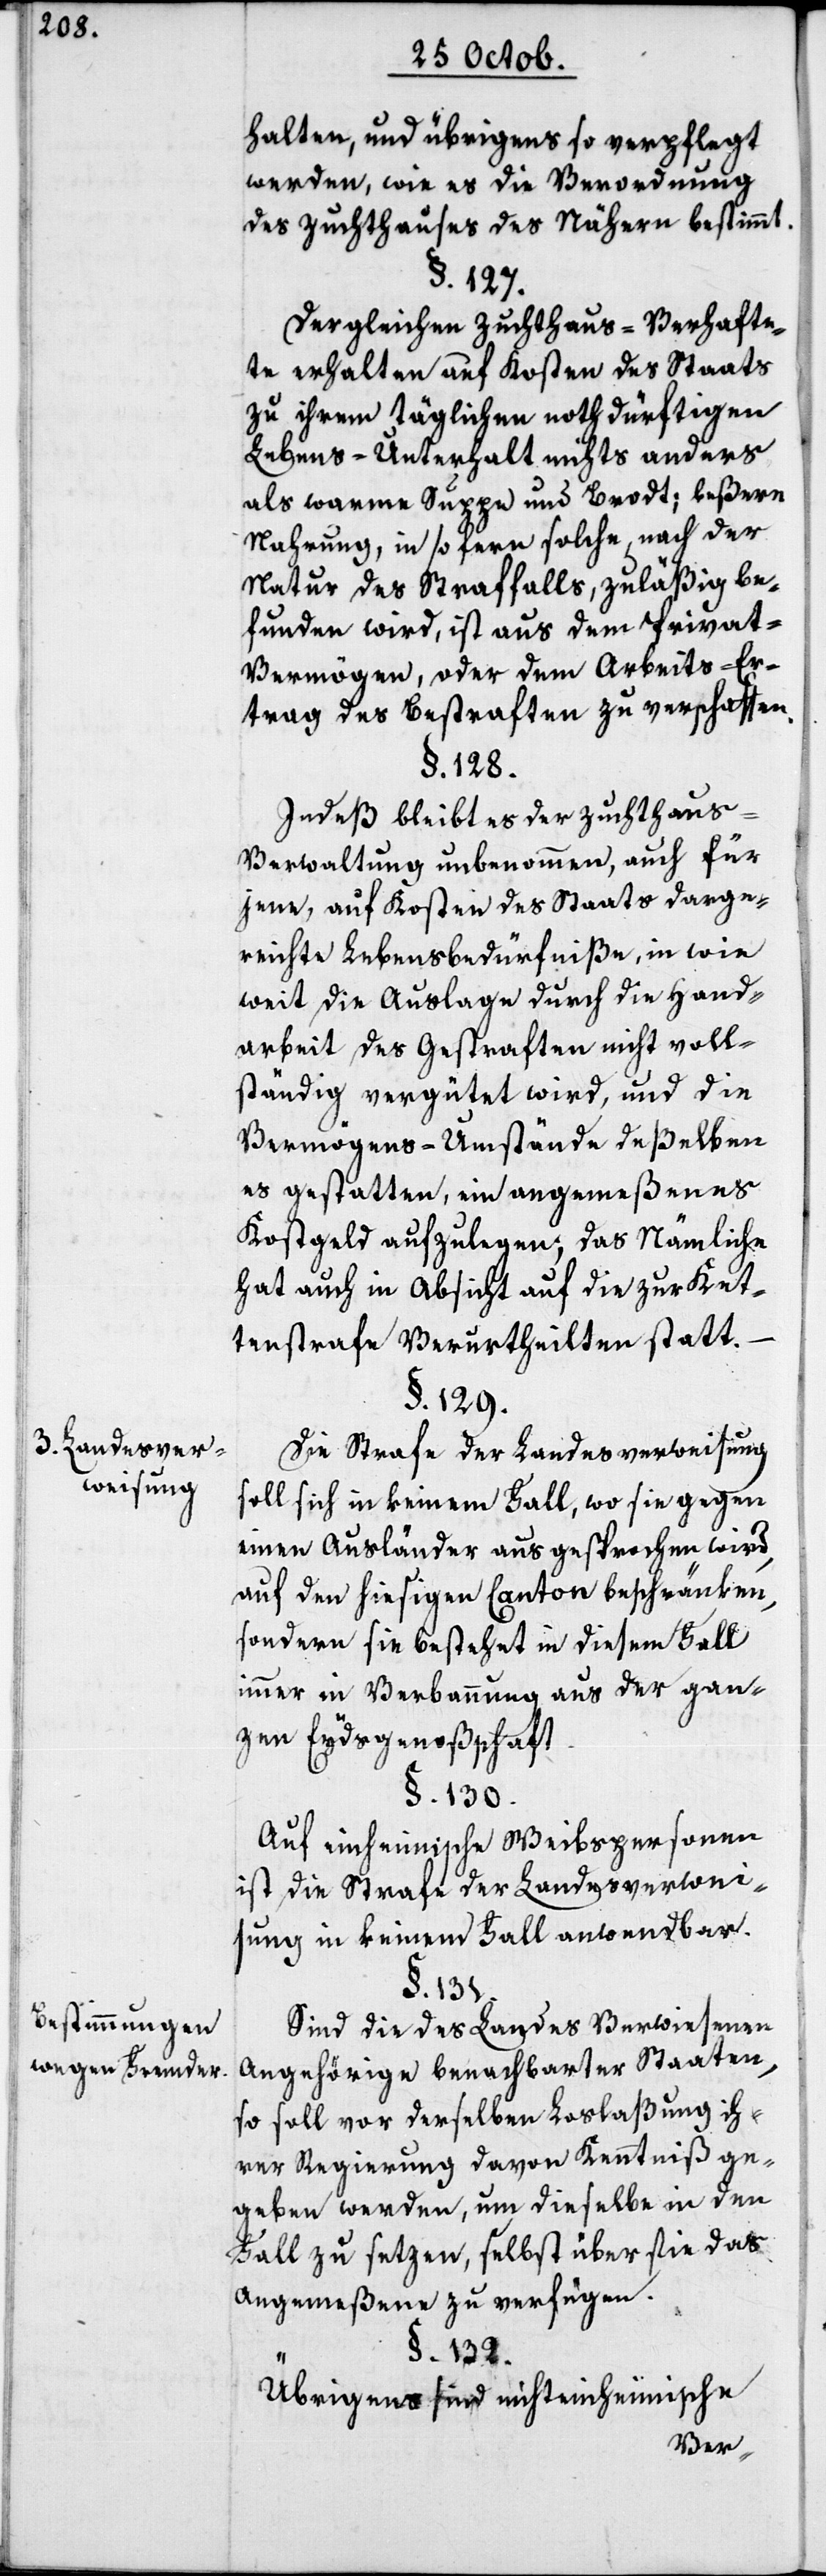
3. Landesver¬
weisung.
Bestimmungen
wegen Fremden.

halten, und übrigens so verpflegt
werden, wie es die Verordnung
des Zuchthauses des nähern bestimmt.
§. 127.
Dergleichen Zuchthaus-Verhafte¬
te erhalten auf Kosten des Staats
zu ihrem täglichen nothdürftigen
Lebens-Unterhalt nichts anders
als warme Suppe und Brodt; beßere
Nahrung, in so ferne solche, nach der
Natur des Straffalls, zuläßig be¬
funden wird, ist aus dem Privat-V¬
ermögen, oder dem Arbeits-Er¬
trag des Bestraften zu verschaffen.
§. 128.
Indeß bleibt es der Zuchthaus-V¬
erwaltung unbenohmen, auch für
jene, auf Kosten des Staats darge¬
reichte Lebensbedürfniße, in wie
weit die Auslage durch die Hand¬
arbeit des Gestraften nicht voll¬
ständig vergütet wird, und die
Vermögens-Umstände deßelben
es gestatten, ein angemeßenes
Kostgeld aufzulegen, das Nämliche
hat auch in Absicht auf die zur Ket¬
tenstrafe Verurtheilten statt.
§. 129.
Die Strafe der Landesverweisung
soll sich in keinem Fall, wo sie gegen
einen Ausländer ausgesprochen wird,
auf den hießigen Canton beschränken,
sondern sie bestehet in diesem Fall
immer in Verbannung aus der gan¬
zen Eydsgenoßenschaft.
§. 130.
Auf einheimische Weibspersonen
ist die Strafe der Landesverwei¬
sung in keinem Fall anwendbar.
§. 131.
Sind die des Landes Verwiesenen
Angehörige benachbarter Staaten,
so soll vor derselben Loslaßung ih¬
rer Regierung davon Kenntniß ge¬
geben werden, um dieselbe in den
Fall zu setzen, selbst über sie das
Angemeßene zu verfügen.
§. 132.
Übrigens sind nichteinheimische